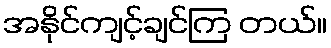
အနိုင်ကျင့်ချင်ကြ တယ်။